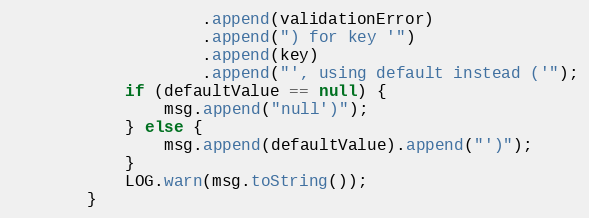
Language: Java
                    .append(validationError)
                    .append(") for key '")
                    .append(key)
                    .append("', using default instead ('");
            if (defaultValue == null) {
                msg.append("null')");
            } else {
                msg.append(defaultValue).append("')");
            }
            LOG.warn(msg.toString());
        }